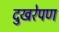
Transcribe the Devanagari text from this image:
दुखरेपण